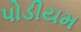
પોડીયમ